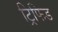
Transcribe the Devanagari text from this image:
ट्रिफिड